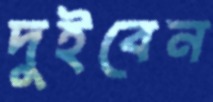
দুইবেন